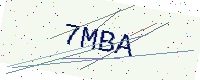
Text: 7MBA